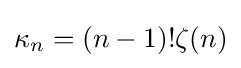
\kappa _{n}=(n-1)!\zeta (n)